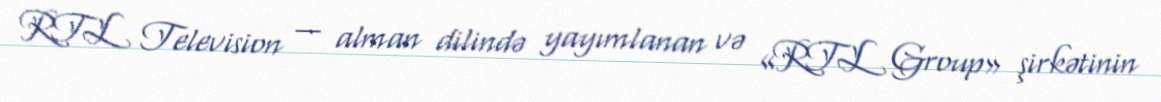
RTL Television — alman dilində yayımlanan və «RTL Group» şirkətinin